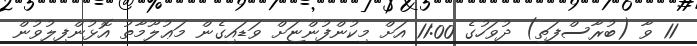
11 ވާ (ބުރާސްފަތި) ދުވަހުގެ 11:00 އަށް މިކުންފުންޏަށް ވަޑައިގެން މަޢުލޫމާތު އޮޅުންފިލުވުން